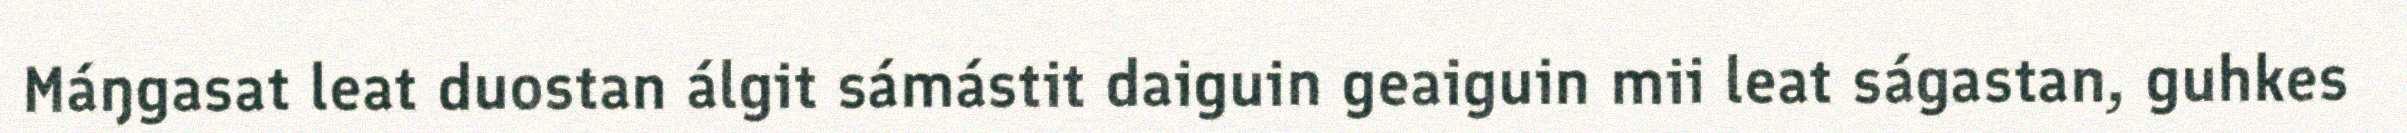
Máŋgasat leat duostan álgit sámástit daiguin geaiguin mii leat ságastan, guhkes